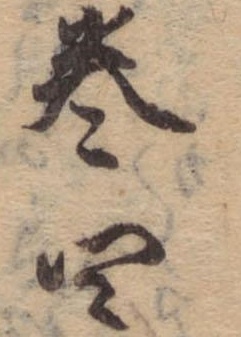
巻四